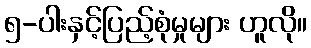
၅-ပါးနှင့်ပြည့်စုံမှုများ ဟူလို။